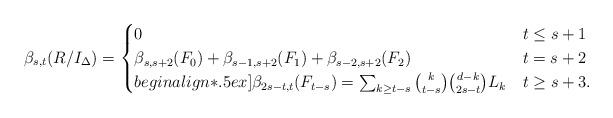
LaTeX: \begin{align*}\beta_{s, t} (R/I_{\Delta}) & = \begin{cases}0 & t \le s+1 \\\beta_{s, s+2} (F_0) + \beta_{s-1, s+2} (F_1) + \beta_{s-2, s+2} (F_2) & t = s+2 \\begin{align*}.5ex]\beta_{2s - t, t} (F_{t-s}) = \sum_{k \ge t - s} \binom{k}{t-s} \binom{d-k}{2s - t} L_k & t \ge s+3.\end{cases}\end{align*}